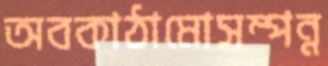
অবকাঠামোসম্পন্ন